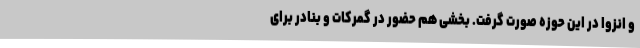
و انزوا در این حوزه صورت گرفت. بخشی هم حضور در گمرکات و بنادر برای